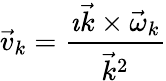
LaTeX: \vec{v}_{k}=\frac{\imath\vec{k}\times\vec{\omega}_{k}}{\vec{k}^{2}}